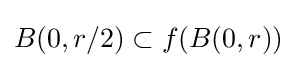
B(0,r/2)\subset f(B(0,r))